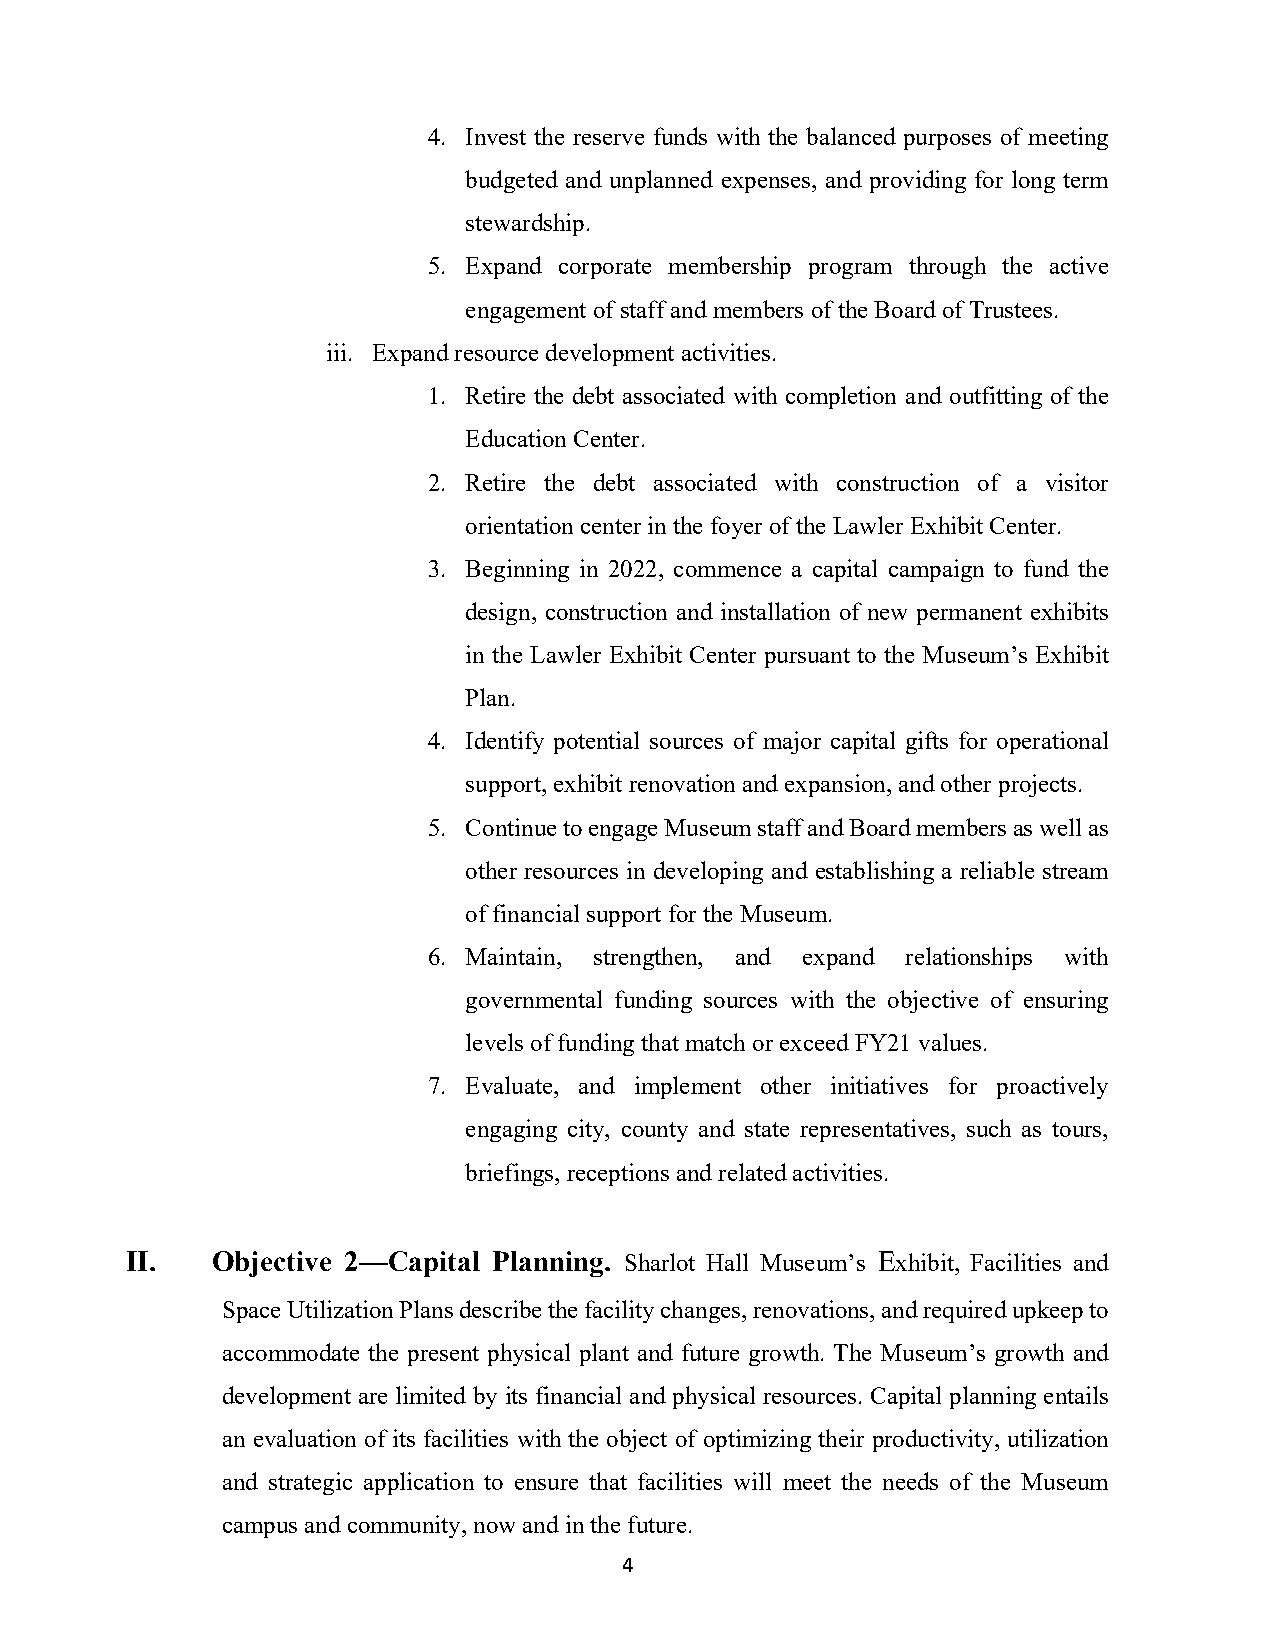
4. Invest the reserve funds with the balanced purposes of meeting
 budgeted and unplanned expenses, and providing for long term
 stewardship.
 5. Expand corporate membership program through the active
 engagement of staff and members of the Board of Trustees.
 iii. Expand resource development activities.
 1. Retire the debt associated with completion and outfitting of the
 Education Center.
 2. Retire the debt associated with construction of a visitor
 orientation center in the foyer of the Lawler Exhibit Center.
 3. Beginning in 2022, commence a capital campaign to fund the
 design, construction and installation of new permanent exhibits
 in the Lawler Exhibit Center pursuant to the Museum’s Exhibit
 Plan.
 4. Identify potential sources of major capital gifts for operational
 support, exhibit renovation and expansion, and other projects.
 5. Continue to engage Museum staff and Board members as well as
 other resources in developing and establishing a reliable stream
 of financial support for the Museum.
 6. Maintain, strengthen, and expand relationships with
 governmental funding sources with the objective of ensuring
 levels of funding that match or exceed FY21 values.
 7. Evaluate, and implement other initiatives for proactively
 engaging city, county and state representatives, such as tours,
 briefings, receptions and related activities.
 II.   Objective 2––Capital Planning. Sharlot Hall Museum’s Exhibit, Facilities and
 Space Utilization Plans describe the facility changes, renovations, and required upkeep to
 accommodate the present physical plant and future growth. The Museum’s growth and
 development are limited by its financial and physical resources. Capital planning entails
 an evaluation of its facilities with the object of optimizing their productivity, utilization
 and strategic application to ensure that facilities will meet the needs of the Museum
 campus and community, now and in the future.
 4